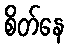
စိတ်နေ